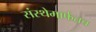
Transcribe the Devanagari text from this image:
संस्थेमार्फतच